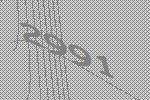
2991